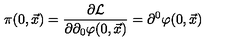
\pi ( 0 , \vec { x } ) = { \frac { \partial { \cal L } } { \partial \partial _ { 0 } \varphi ( 0 , \vec { x } ) } } = \partial ^ { 0 } \varphi ( 0 , { \vec { x } } )